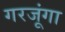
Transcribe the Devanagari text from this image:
गरजूंगा